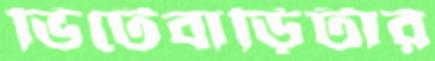
ভিটেবাড়িটার